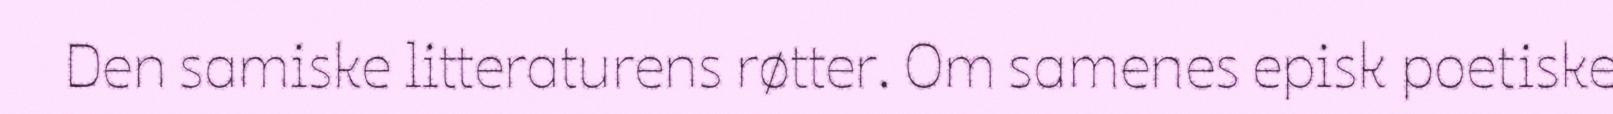
Den samiske litteraturens røtter. Om samenes episk poetiske